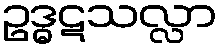
ဥဒ္ဓဋသလ္လာ